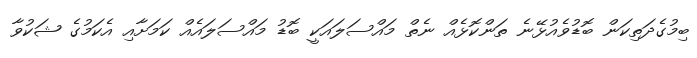
ބިމުގެދަތިކަން ބޮޑުވެއުޅޭނެ ތަންކޮޅެއް ނެތް މައްސަލައަކީ ބޮޑު މައްސަލައެއް ކަމަށާއި އެކަމުގެ ޝަކުވާ